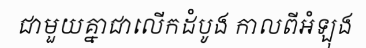
ជាមួយគ្នាជាលើកដំបូង កាលពីអំឡុង